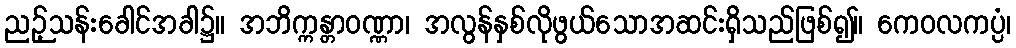
ညဉ့်သန်းခေါင်အခါ၌။ အဘိက္ကန္တာဝဏ္ဏာ၊ အလွန်နှစ်လိုဖွယ်သောအဆင်းရှိသည်ဖြစ်၍။ ကေဝလကပ္ပံ၊